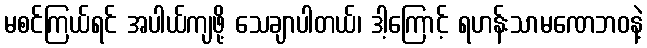
မစင်ကြယ်ရင် အပါယ်ကျဖို့ သေချာပါတယ်၊ ဒါ့ကြောင့် ရဟန်းသာမဏေဘဝနဲ့